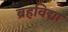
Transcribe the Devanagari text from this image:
ब्रहविद्या